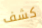
كشف